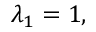
\lambda _ { 1 } = 1 ,